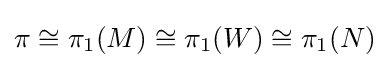
\pi \cong \pi _{1}(M)\cong \pi _{1}(W)\cong \pi _{1}(N)